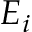
E _ { i }